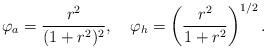
LaTeX: \begin{align*}\varphi_{a}=\frac{r^{2}}{(1+r^{2})^{2}},\quad\varphi_{h}=\left(\frac{r^{2}}{1+r^{2}}\right)^{1/2}.\end{align*}